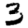
Digit: 3